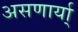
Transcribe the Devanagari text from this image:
असणार्या्